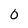
Character: 0